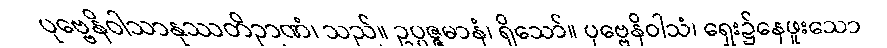
ပုဗ္ဗေနိဝါသာနုဿတိဉာဏံ၊ သည်။ ဥပ္ပဇ္ဇမာနံ၊ ရှိသော်။ ပုဗ္ဗေနိဝါသံ၊ ရှေး၌နေဖူးသော